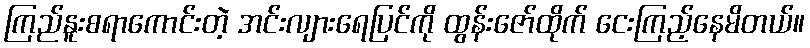
ကြည်နူးစရာကောင်းတဲ့ အင်းလျားရေပြင်ကို ထွန်းဇော်ထိုက် ငေးကြည့်နေမိတယ်။